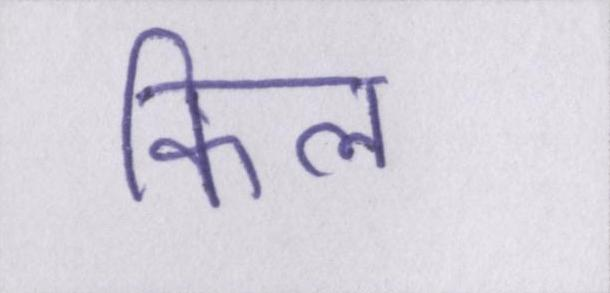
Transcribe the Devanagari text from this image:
किल